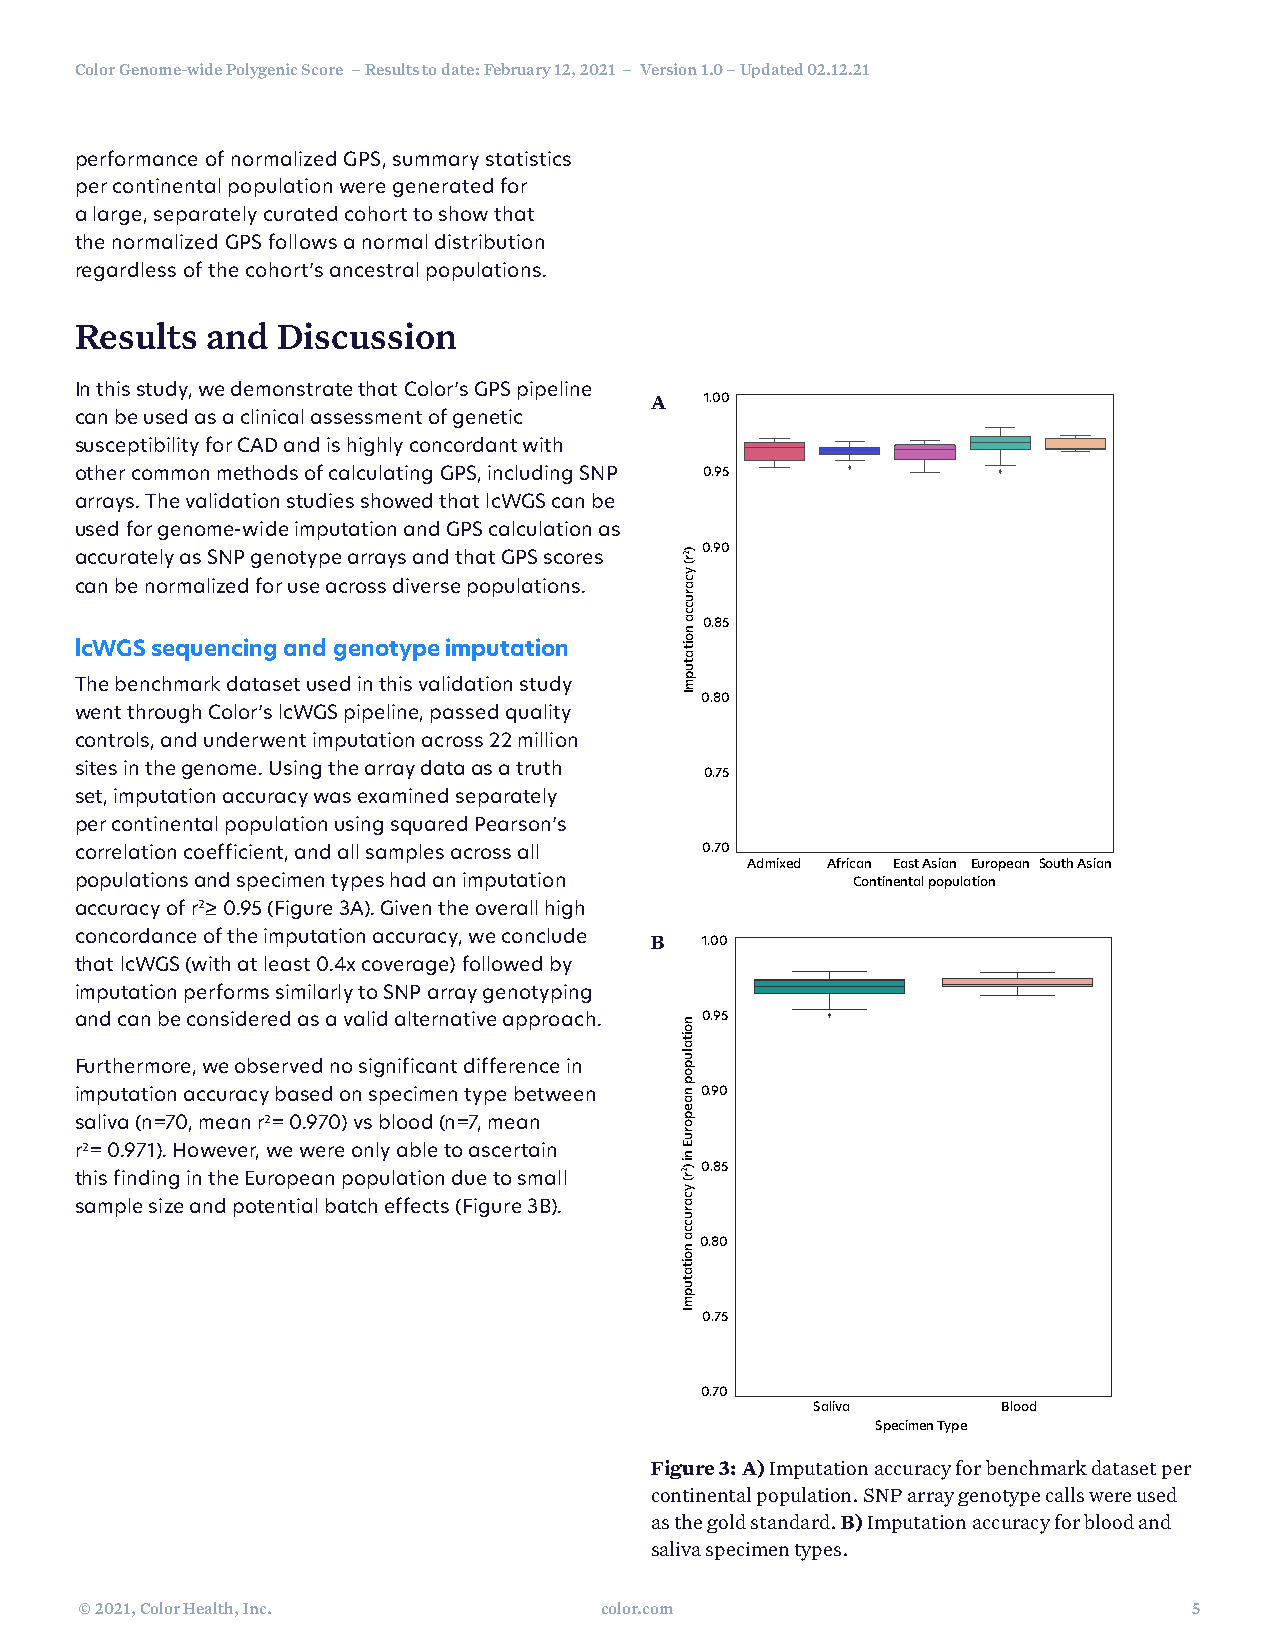
Color Genome-wide Polygenic Score – Results to date: February 12, 2021 – Version 1.0 – Updated 02.12.21
 performance of normalized GPS, summary statistics
 per continental population were generated for
 a large, separately curated cohort to show that
 the normalized GPS follows a normal distribution
 regardless of the cohort’s ancestral populations.
 Results  and Discussion
 In this study, we demonstrate that Color’s GPS pipeline
 A   1.00
 can be used as a clinical assessment of genetic
 susceptibility for CAD and is highly concordant with
 other common methods of calculating GPS, including SNP 0.95
 arrays. The validation studies showed that lcWGS can be
 used for genome-wide imputation and GPS calculation as
 0.90 accurately as SNP genotype arrays and that GPS scores
 can be normalized for use across diverse populations.
 0.85
 lcWGS sequencing and genotype imputation
 The benchmark dataset used in this validation study
 0.80
 went through Color’s lcWGS pipeline, passed quality
 controls, and underwent imputation across 22 million
 sites in the genome. Using the array data as a truth
 0.75
 set, imputation accuracy was examined separately
 per continental population using squared Pearson’s
 correlation coefficient, and all samples across all 0.70
 Admixed African East Asian European South Asian
 populations and specimen types had an imputation   Continental population
 accuracy of r2≥ 0.95 (Figure 3A). Given the overall high
 concordance of the imputation accuracy, we conclude B 1.00
 that lcWGS (with at least 0.4x coverage) followed by
 imputation performs similarly to SNP array genotyping
 and can be considered as a valid alternative approach. 0.95
 Furthermore, we observed no significant difference in
 imputation accuracy based on specimen type between 0.90
 saliva (n=70, mean r2= 0.970) vs blood (n=7, mean
 r2= 0.971). However, we were only able to ascertain
 0.85
 this finding in the European population due to small
 sample size and potential batch effects (Figure 3B).
 0.80
 0.75
 0.70
 Saliva      Blood
 Specimen Type
 Figure 3: A) Imputation accuracy for benchmark dataset per
 continental population. SNP array genotype calls were used
 as the gold standard. B) Imputation accuracy for blood and
 saliva specimen types.
 © 2021, Color Health, Inc.         color.com                              5
 )2r(
 ycarucca
 noitatupmI
 noitalupop
 naeporuE
 ni
 )2r(
 ycarucca
 noitatupmI